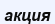
акция